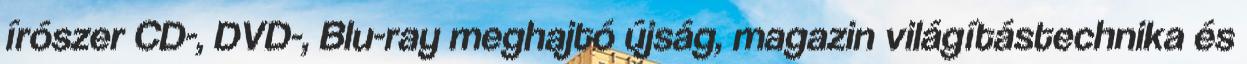
írószer CD-, DVD-, Blu-ray meghajtó újság, magazin világítástechnika és